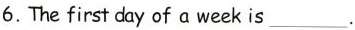
6. The first day of a week is___.